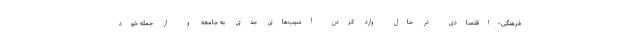
فرهنگی-اقتصادی در حال وارد کردن آسیب‌های جدی به جامعه و از جمله خود